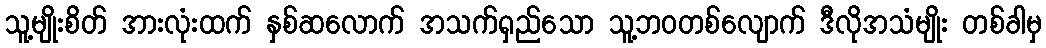
သူ့မျိုးစိတ် အားလုံးထက် နှစ်ဆလောက် အသက်ရှည်သော သူ့ဘဝတစ်လျောက် ဒီလိုအသံမျိုး တစ်ခါမှ